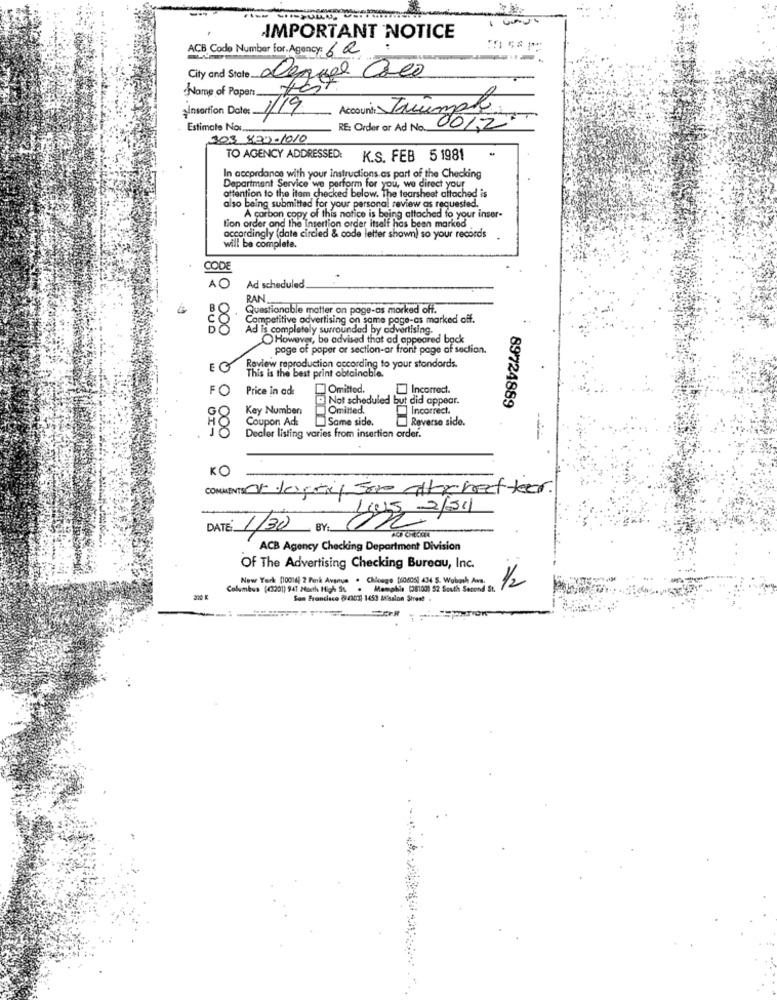
IMPORTANT NOTICE
ACB Code Number for. Agency: 60
City and State degree Creo
Name of Popen #8
Insertion Date: 1/19
Account: Trump
0012
Estimate Nor.
RE: Order ar Ad No ..
303 820-1010
TO AGENCY ADDRESSED:
K.S. FEB 5 1981
In accordance with your instructions as part of the Checking
Department Service we perform for you, we direct your
attention to the item checked below. The tearsheet attached is
also being submitted for your personal review as requested.
A carbon copy of this notice is being attached to your inser-
tion order and the Insertion order itself has been marked .
accordingly (date circled & code letter shown) so your records
will be complete.
CODE
10
Ad scheduled
RAN
Questionable matter on page-os marked off.
88
Competitive advertising on same page-as marked off.
Ad is completely surrounded by advertising.
However, be advised that ad appeared back
page of poper or section-ar front page of section.
EG
This is the best print obtainable.
Review reproduction according to your stondords.
FO
Price in ade
Omitted.
Incorrect.
Q Not scheduled but did appear.
89724889
Key Number
Omitted.
Incorrect.
Coupon Ade
Same side.
Reverse side.
H8
Dealer listing varies from insertion order.
KO
COMMENTS Or logan for abchatteer.
1/30 BY 100
DATE :
ACB Agency Checking Department Division
Of The Advertising Checking Bureau, Inc.
New York (10014) 2 Park Avenue . Chicago [0005] 404 S. Wabash Aws.
1/2
Columbus ((3201) 941 Month High St . Memphis (38100) 52 South Second St.
San Francisco (c303 1453 M'asalon Street .